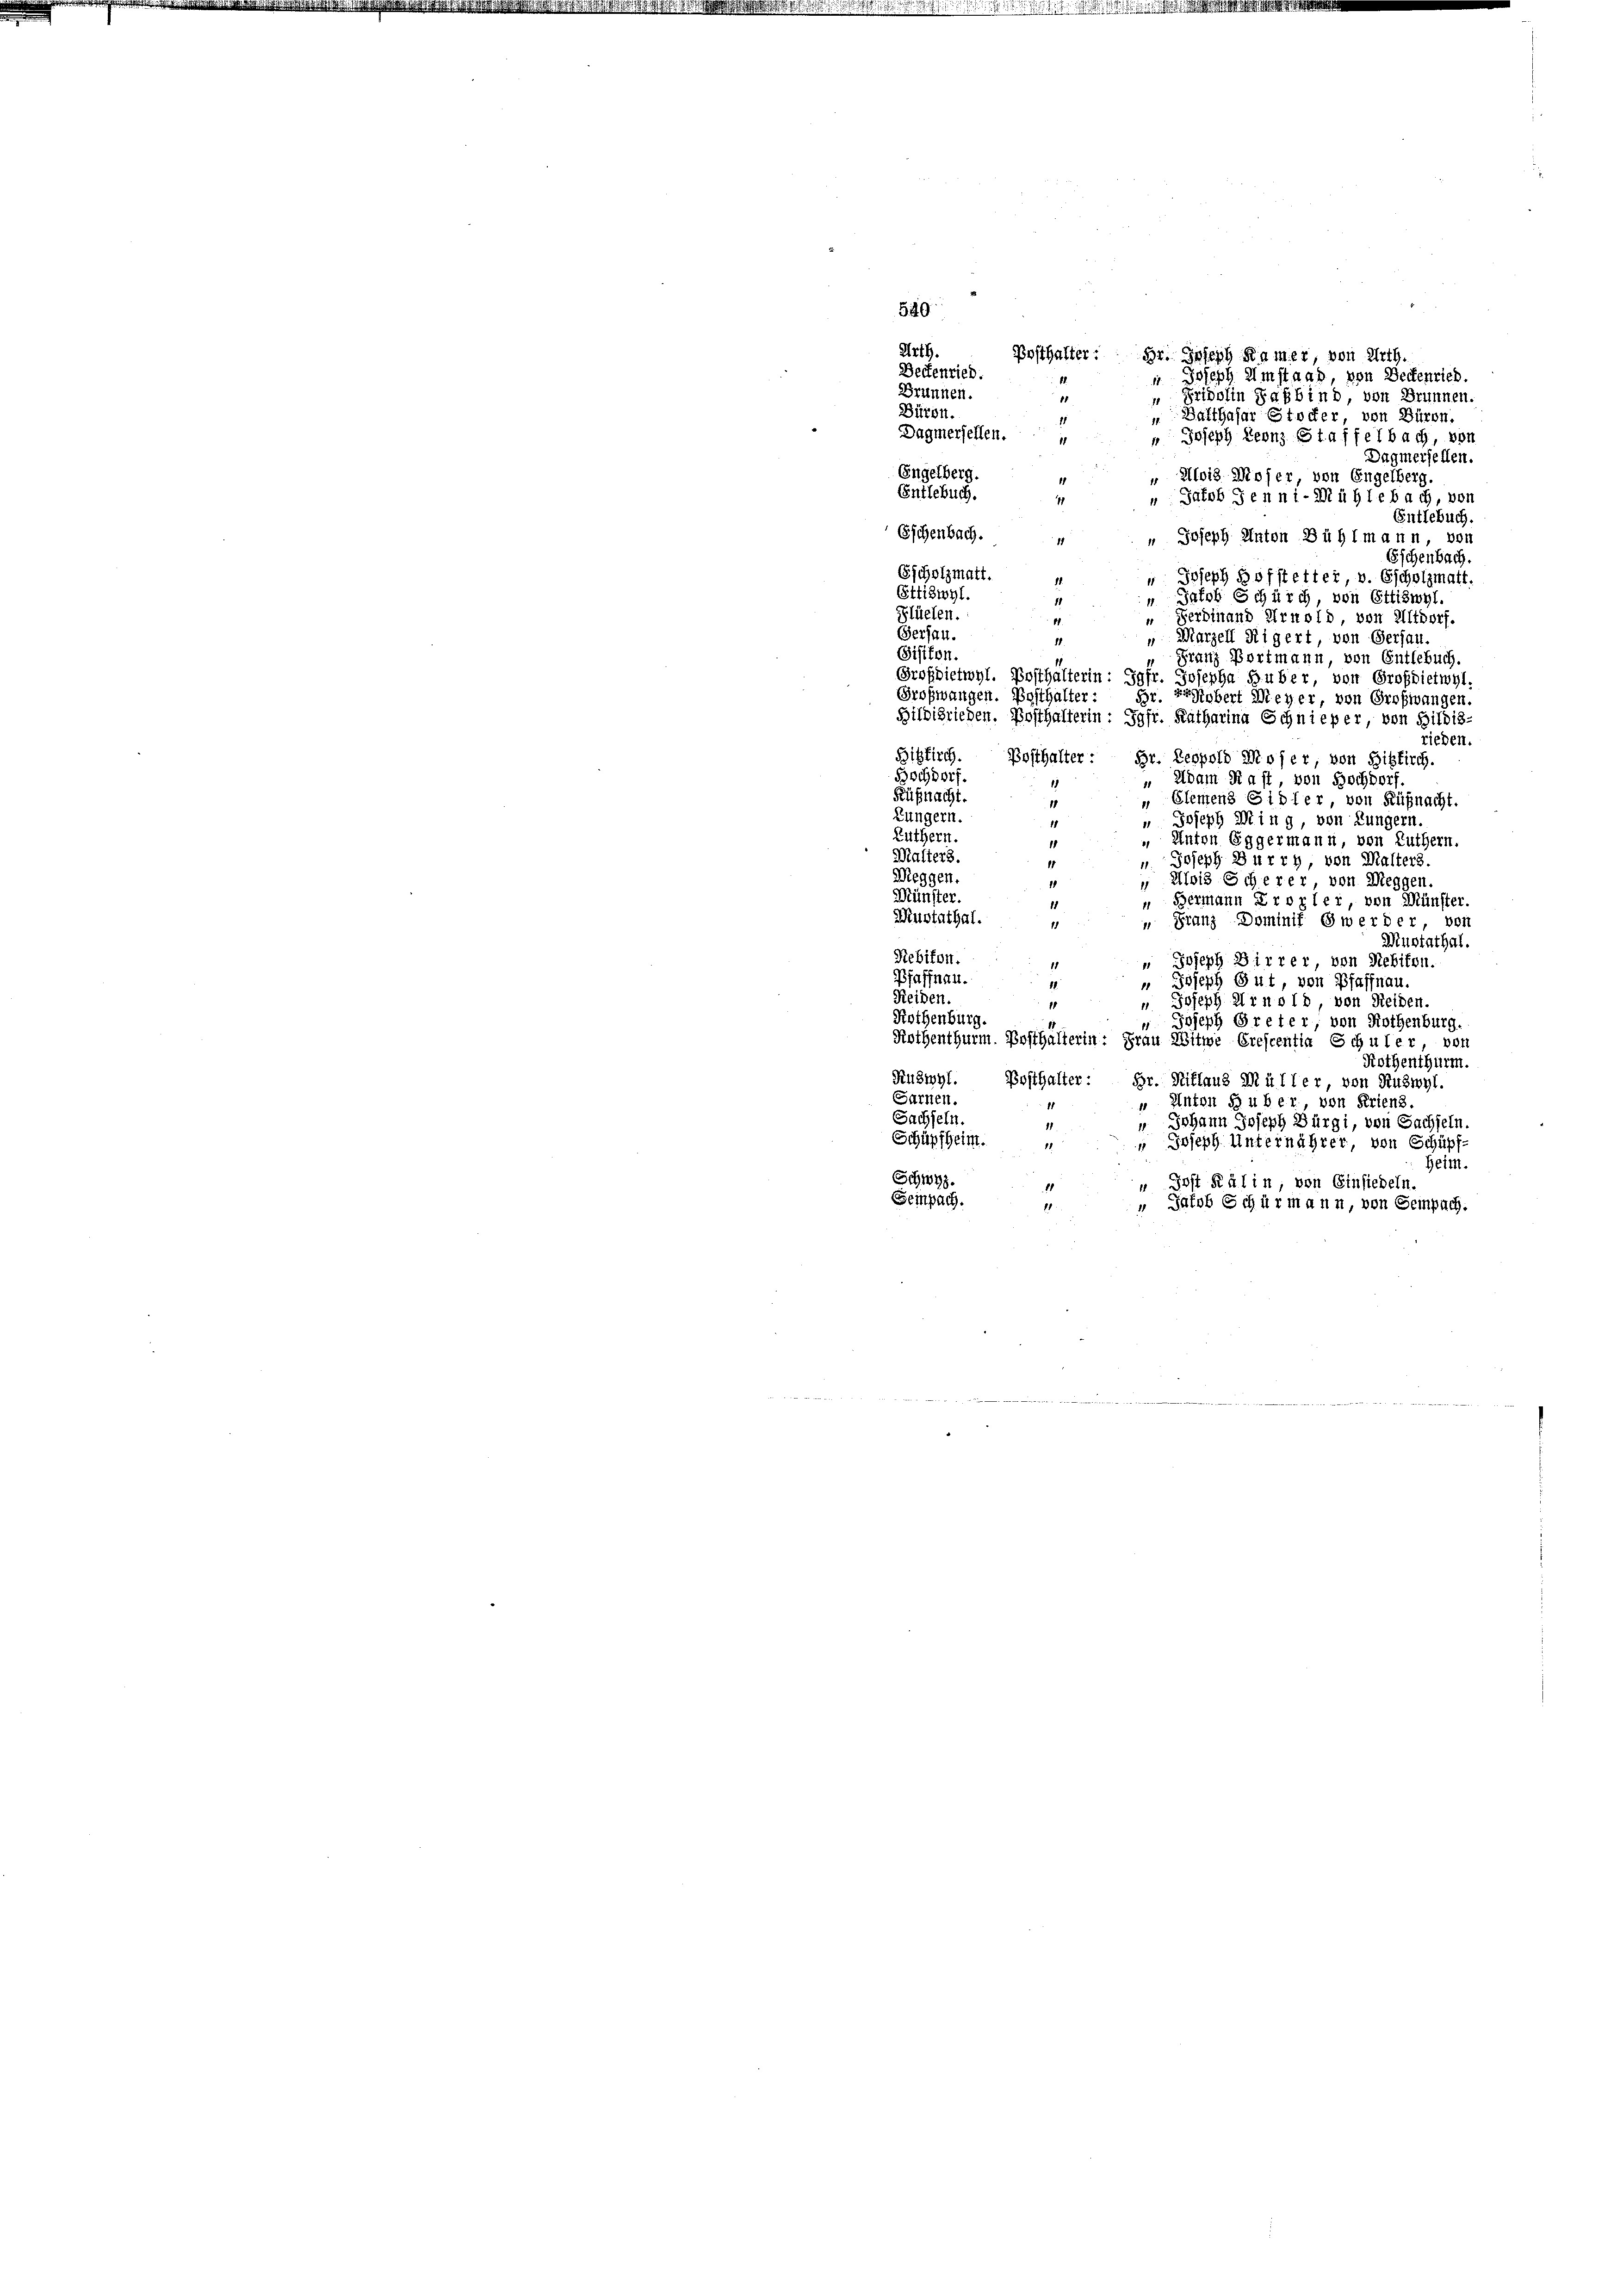
Posthalter: Hr. Joseph Kamer, von Urth.
Beckenried.
" Joseph Umstand, von Deckenried.
1.
Brunnen.
 Fridolin Sahbind, von Brunnen.
11
Büren.
„ Balthasar Stocker von Büren.
11
Dagmersellen.
" Joseph Leonz Staffelbach, von
11
Dagmersellen.
Engelberg.
" Alois Moser von Engelberg.
Entlebuch.
 Jakob Jenni-Mühlebach, von
11
Entlebuch.
Eschenbach.   Joseph Anton Bühlmann, von
Eschenbach.
Escholzmatt.
Joseph Hofstetter, v. Gscholzmatt.
Ettiswyl.
“ Jakob Schürch, von Ettiswyl.
Plüelen.
“ Ferdinand Arnold, von Altdorf.
17
Gersau.
Marzell Rigert, von Gersau.
.
Sisiten.
Franz Portmann, von Entlebuch.
Grofdietwyl. Posthalterin: Jgfr. Josepha Huber, von Grofdietwyl,
Großwangen. Posthalter: Hr. Erdobert Meyer, von Großwangen.
Bilbisrieden. Bosthalterin: Jgfr. Ratharina Schnieper, von Bildis-
rieden.
Hitzkirch. Bosthalter Hr. Leopold Moser, von Hitzkirch.
Bochdorf.
 Adam Kast von Hochdorf
Küßnacht.
„ Elemens Sidler, von Küßnacht.
Lungern.
 Joseph Ming, von Lungern.
Luthern.
 Unten Eggermann, von Luthern.
1
Malters.
u. Joseph Burry, von Malters.
11
Meggen.
 Alois Scherer, von Weggen.
Münster.
Bermann Eroxler, von Münster.
Mustathal.
 Franz Dominif Gwerder, von
1
Mustathal.
Rebiton.
" Joseph Birrer von Rebikon.
Pfaffnau.
" Joseph Gut, von Pfaffnau.
Reiden.
 Joseph Arnold, von Heiden.
Rothenburg.
ojeph Greter, von Rothenburg.
11
Rothenthurm. Posthälterin: Frau Witwe Crescentia Schuler, von
Rothenthurm.
Ruswyl. Posthalter: Hr. Riflaus Müller, von Ruswyl.
Sarnen.
" Anton Huber, von Feriens.
Sachseln.
" Johann Joseph Bürgi, von Sachseln.
11.
Schüpfheim.
" Joseph Unternährer, von Schüpf-
11
Heim.
Schwyz.
 Jost Kälin, von Einsiedeln
Seinpach.
 Jakob Schürmann, von Gempach.
11

849
Arth.